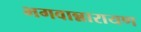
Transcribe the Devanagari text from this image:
भगवान्नारायण